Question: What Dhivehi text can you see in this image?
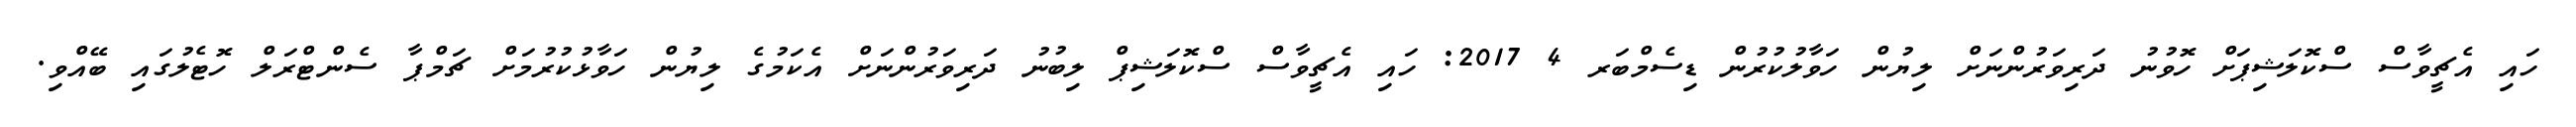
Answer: ހައި އެޗީވާސް ސްކޮލަޝިޕަށް ހޮވުނު ދަރިވަރުންނަށް ލިޔުން ހަވާލުކުރުން ޑިސެމްބަރ 4 2017: ހައި އެޗީވާސް ސްކޮލަޝިޕް ލިބުނު ދަރިވަރުންނަށް އެކަމުގެ ލިޔުން ހަވާޅުކުރުމަށް ޗަމްޕާ ސެންޓްރަލް ހޮޓެލުގައި ބޭއްވި.